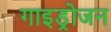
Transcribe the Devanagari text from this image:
गाइड्रोजन